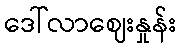
ဒေါ်လာဈေးနှုန်း